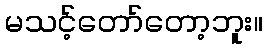
မသင့်တော်တော့ဘူး။